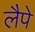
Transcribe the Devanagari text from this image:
लैपे